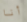
أنا